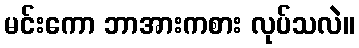
မင်းကော ဘာအားကစား လုပ်သလဲ။